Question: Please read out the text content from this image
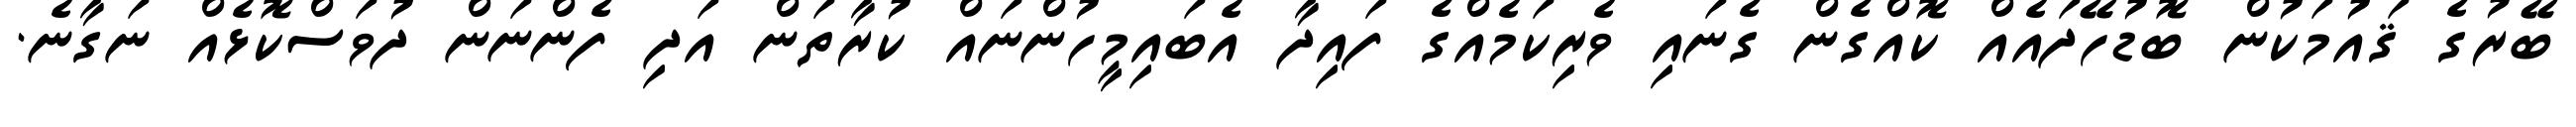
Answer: ބޭރުގެ ޤައުމަކުން ބޮޑުހޭދައެއް ކޮއްގެން ގެނައި ވެރިކަމެއްގެ ފައިދާ އެބައިމީހުންނައް ކުރާތަން އަދި ފެންނަން ދުވަސްކޮޅެއް ނަގާނެ.